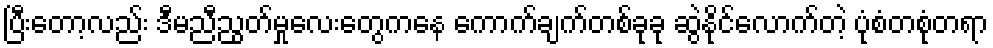
ပြီးတော့လည်း ဒီမညီညွတ်မှုလေးတွေကနေ ကောက်ချက်တစ်ခုခု ဆွဲနိုင်လောက်တဲ့ ပုံစံတစုံတရာ